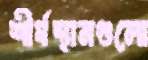
শীর্ষস্থানগুলো